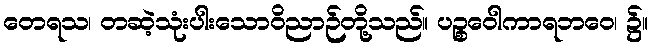
တေရသ၊ တဆဲ့သုံးပါးသောဝိညာဉ်တို့သည်။ ပဉ္စဝေါကာရဘဝေ၊ ၌။